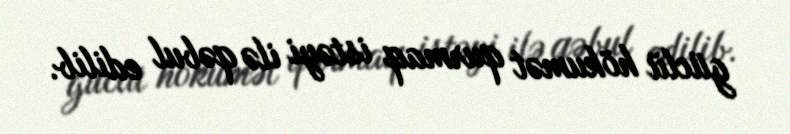
güclü hökumət qurmaq istəyi ilə qəbul edilib.